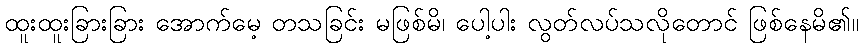
ထူးထူးခြားခြား အောက်မေ့ တသခြင်း မဖြစ်မိ၊ ပေါ့ပါး လွတ်လပ်သလိုတောင် ဖြစ်နေမိ၏။